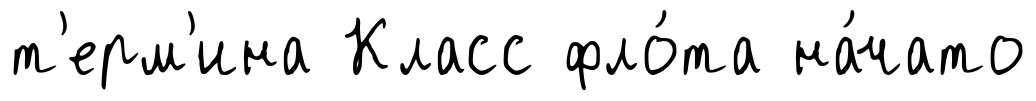
т'ерм'ина Класс фло́та на́чато